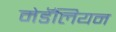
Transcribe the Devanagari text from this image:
मेडॅलियन